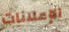
الإعلانات